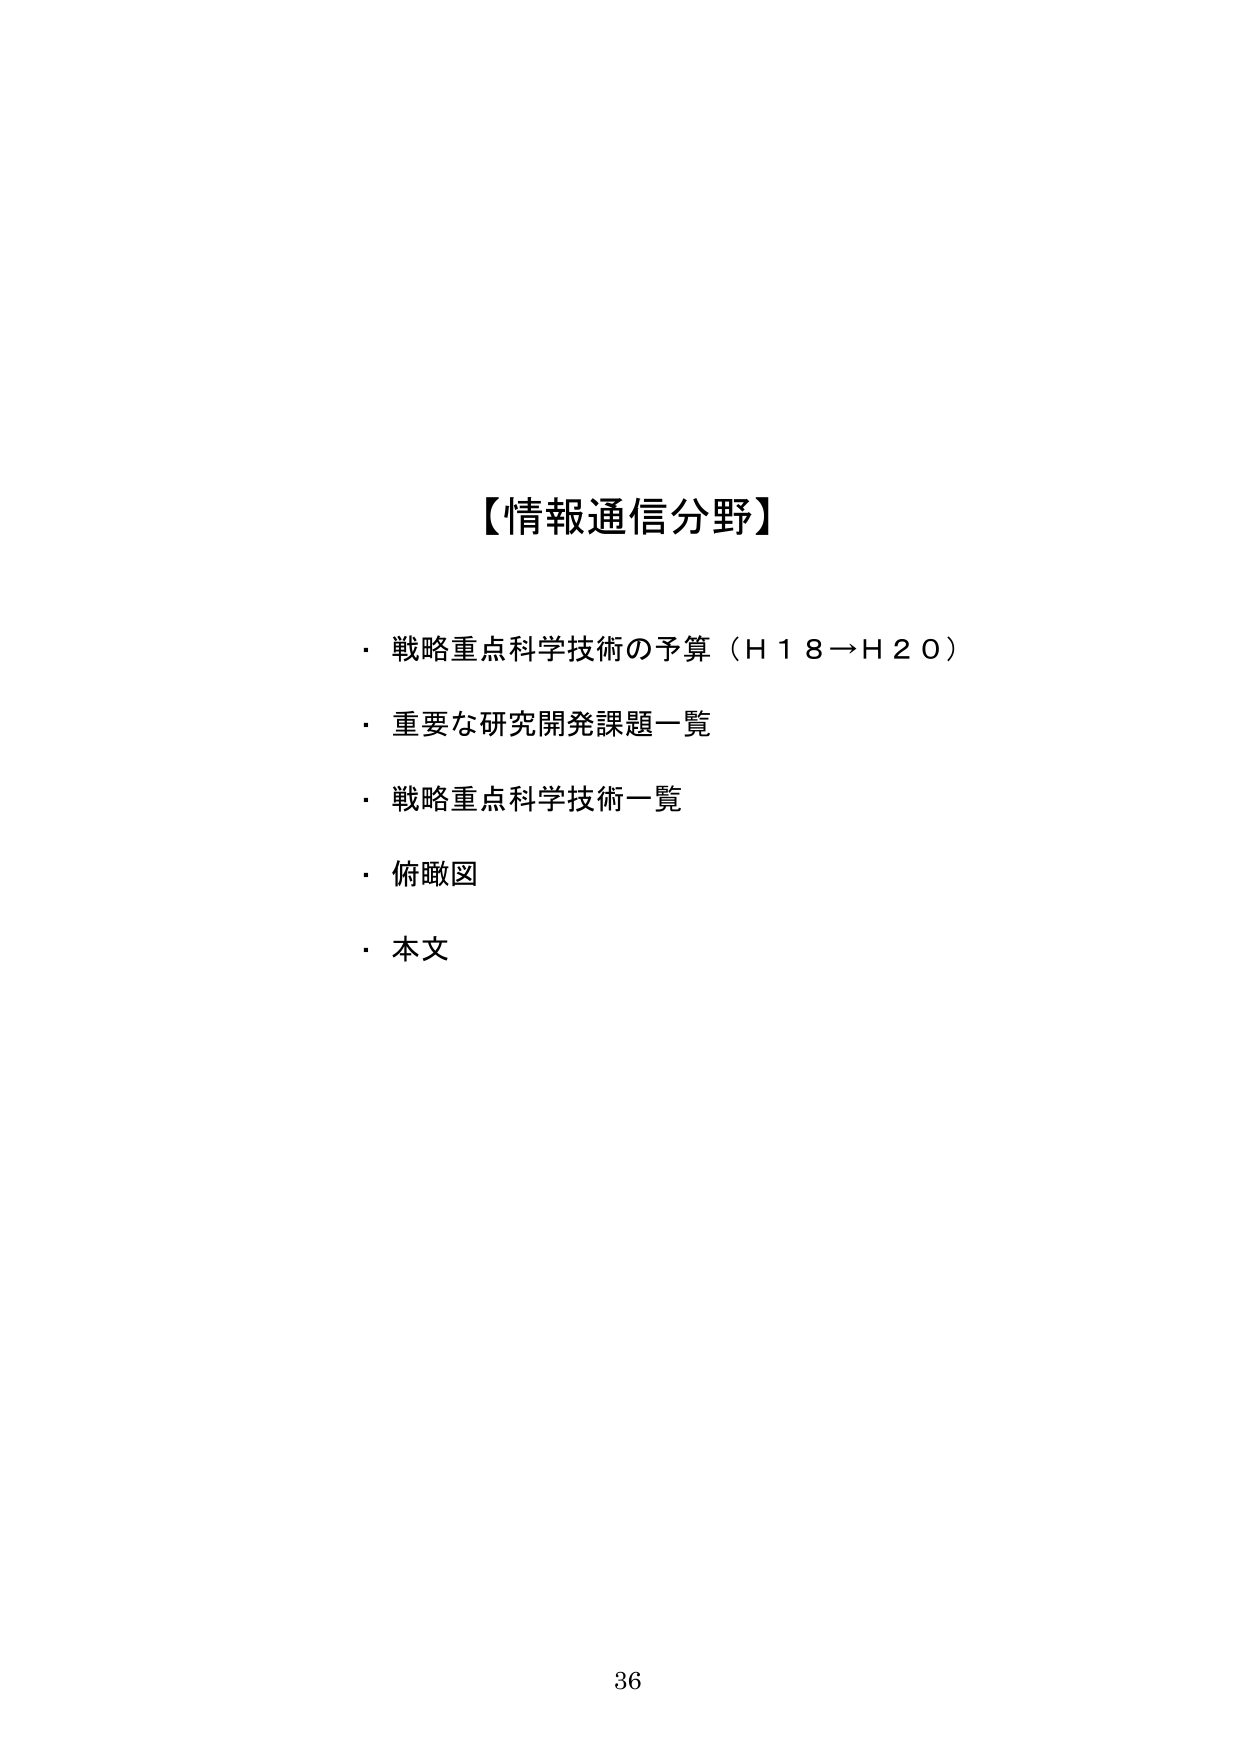
【情報通信分野】

・戦略重点科学技術の予算（H18→H20）
・重要な研究開発課題一覧
・戦略重点科学技術一覧
・俯瞰図
・本文

36